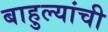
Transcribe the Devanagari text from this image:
बाहुल्यांची